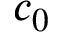
c _ { 0 }